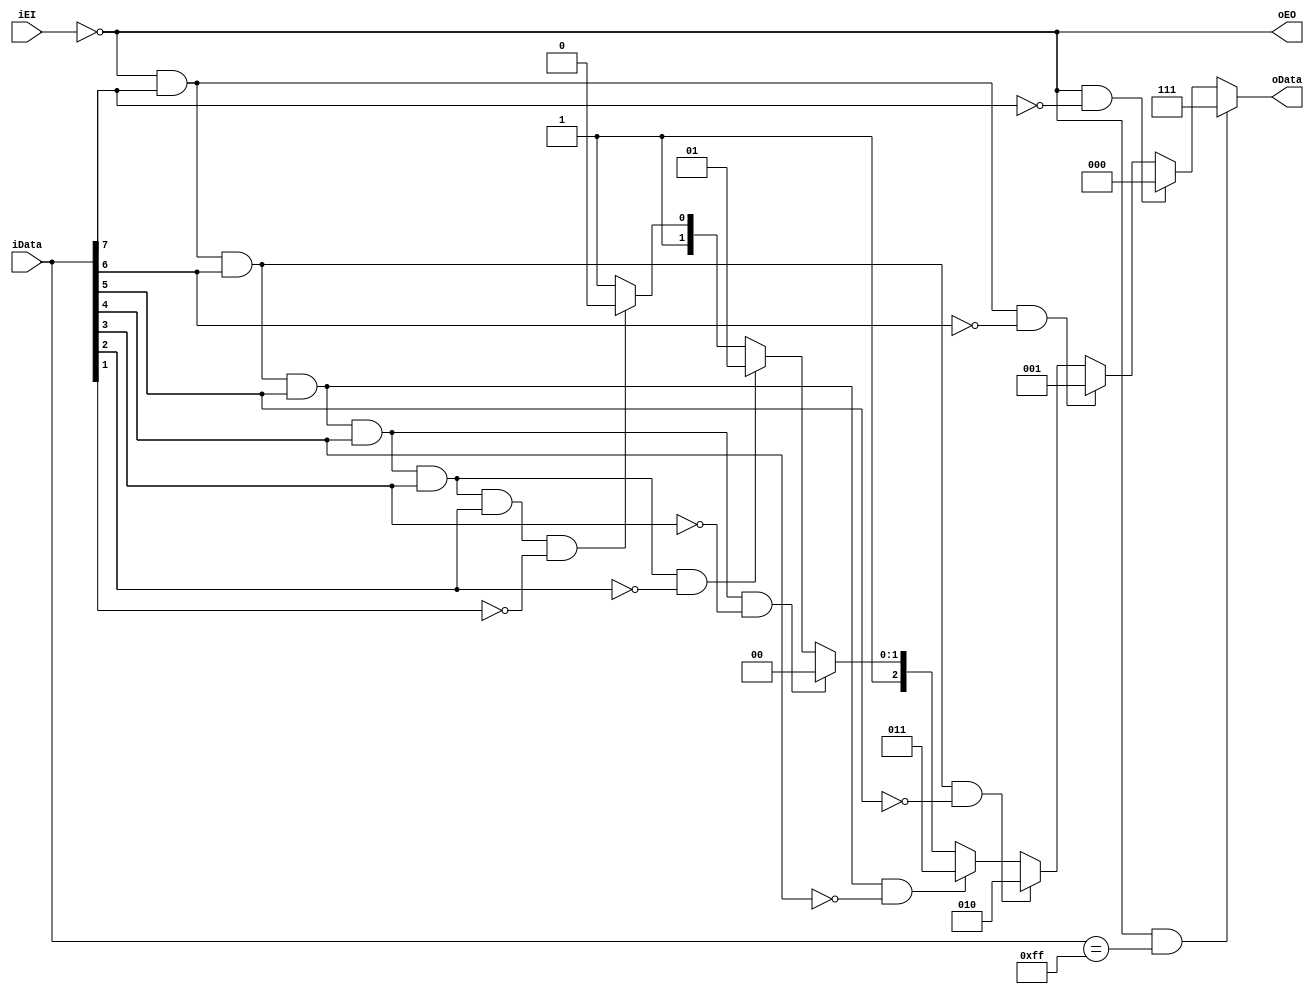
`timescale 1ns / 1ns
//////////////////////////////////////////////////////////////////////////////////
// Company: 
// Engineer: 
// 
// Design Name: 
// Module Name: encoder83_Pri
// Project Name: 
// Target Devices: 
// Tool Versions: 
// Description: 
// 
// Dependencies: 
// 
// Revision:
// Revision 0.01 - File Created
// Additional Comments:
// 
//////////////////////////////////////////////////////////////////////////////////


module encoder83_Pri(
    input [7:0] iData,
    input iEI,
    output reg [2:0] oData,
    output oEO
    );
    assign oEO=~iEI;
    always @(*)
    if(iEI==0&&iData==8'b11111111)
    oData=3'b111;
    else if(iEI==0&&iData[7]==0)
    oData=3'b000;
    else if(iEI==0&&iData[7]==1&&iData[6]==0)
    oData=3'b001;
    else if(iEI==0&&iData[7]==1&&iData[6]==1&&iData[5]==0)
    oData=3'b010;
    else if(iEI==0&&iData[7]==1&&iData[6]==1&&iData[5]==1&&iData[4]==0)
    oData=3'b011;
    else if(iEI==0&&iData[7]==1&&iData[6]==1&&iData[5]==1&&iData[4]==1&&iData[3]==0)
    oData=3'b100;
    else if(iEI==0&&iData[7]==1&&iData[6]==1&&iData[5]==1&&iData[4]==1&&iData[3]==1&&iData[2]==0)
    oData=3'b101;
    else if(iEI==0&&iData[7]==1&&iData[6]==1&&iData[5]==1&&iData[4]==1&&iData[3]==1&&iData[2]==1&&iData[1]==0)
    oData=3'b110;
    else if(iEI==0&&iData[7]==1&&iData[6]==1&&iData[5]==1&&iData[4]==1&&iData[3]==1&&iData[2]==1&&iData[1]==1&&iData[0]==0)
    oData=3'b111;
    else
    oData=3'b111;
endmodule